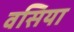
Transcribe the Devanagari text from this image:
वसिया